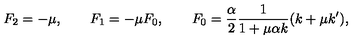
F _ { 2 } = - \mu , \qquad F _ { 1 } = - \mu F _ { 0 } , \qquad F _ { 0 } = \frac { \alpha } { 2 } \frac { 1 } { 1 + \mu \alpha k } ( k + \mu k ^ { \prime } ) ,